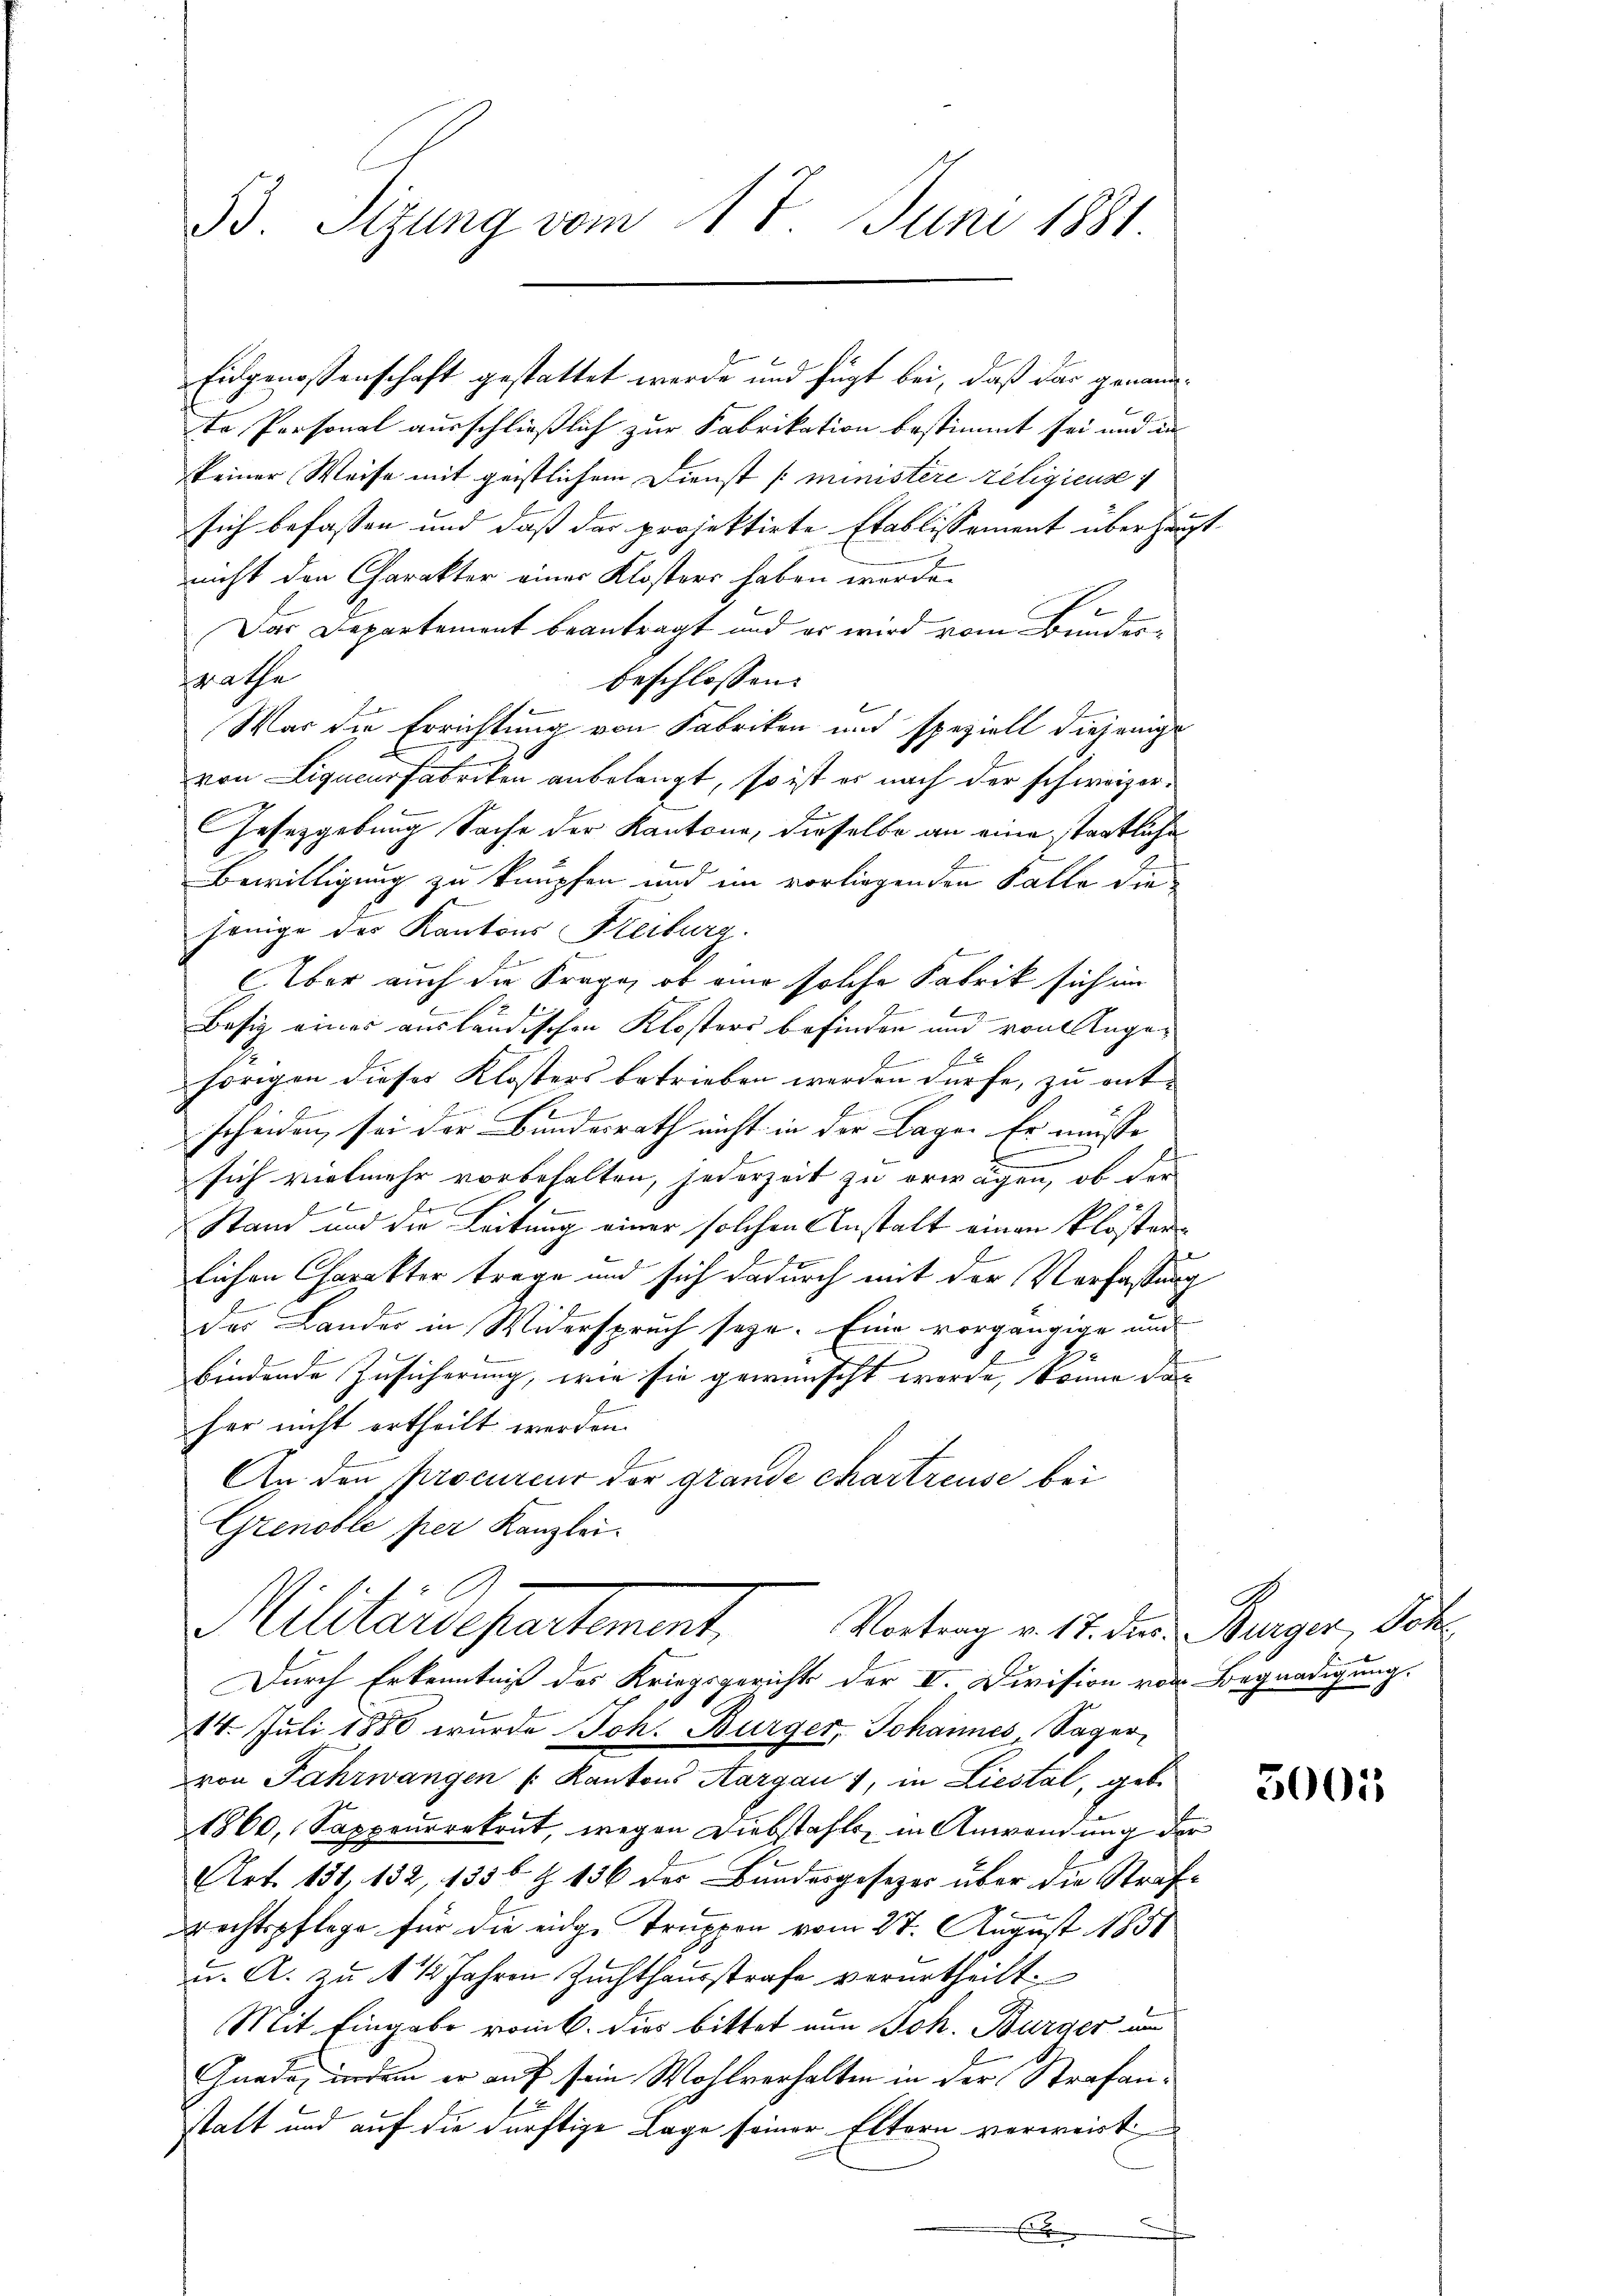
B. Sizung vom 17. Juni 1881

te Personal ausschließlich zur Fabrikation bestimmt sei und in
keiner Weise mit geistlichem Dienst (ministere religieuse
sich befassen und daß das projektirte Etablissement überhauptnicht den Charakter einer Klosters haben worde.
Das Departement beantragt und er wird vom Bundessrathe
beschlossen:
War die Errichtung von Fabriken und speziell diejenige
von Liquensfabriken anbelangt, so ist es nach der schweizer¬
Gesetzgebung Sache der Kantone, dieselbe an eine staatliche
Bewilligung zu knüpfen und im vorliegenden Falle die
jenige des Kantons Freiburg.
Aber auch die Frage, ob eine solche Fabrik sich im
b
Besig einer ausländischen Klosters befinden und von Ange¬
E
hörigen dieses Klosters betrieben werden dürfe, zu ent-
Se
scheiden, sei der Bundesrath nicht in der Lage. Er müsse
.
sich vielmehr vorbehalten, jederzeit zu erwägen, ob der
Stand und die Leitung einer solchen Anstalt einen klösterlichen Charakter trage und sich dadurch mit der Verfassung
der Landes in Widerspruch seye. Eine vorgängige und
bindende Zusicherung, wie sie gewünscht werde, könne das
her nicht ertheilt werden.
An den procureur der grande chartreuse bei
Grenoble per Kanzlei.
1
Militärdepartement. Vortrag v. 17. der Burger, Soh
Durch Erkenntniß des Kriegsgerichts der II. Division von Begnadigung.
14. Juli 1888 wurde Joh. Bürger, Johannes Sager
von Fahrwangen /: Kantons Aargau 1, in Liestal, geb.
1860, Sappeuerekrut, wegen Diebstahls, in Anwendung der
Art. 134, 132, 135 b Z. 136 des Bundesgesezes über die Strafrechtspflege für die eidge Truppen vom 27. August 1851
u. A. zu 1 1/2 Jahren Zuchthausstrafe verurtheilt.
Mit Eingabe romb. dies bittet nun Joh. Burger um
Gnade, indem er auf sein Wohlverhalten in der Strafanstatt und auf die dürftige Lage seiner Eltern verweist

Eidgenossenschaft gestattet werde und fügt bei, daß das genann¬

5001